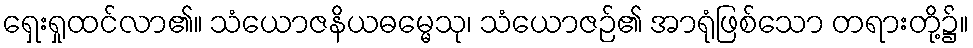
ရှေးရှုထင်လာ၏။ သံယောဇနိယဓမ္မေသု၊ သံယောဇဉ်၏ အာရုံဖြစ်သော တရားတို့၌။